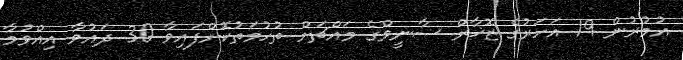
އުމުރުން 19 އަހަރުގެ ޒޮޚާރް ސާނީވްގެ މައްޗަށް ތުހުމަތުކޮށްފައިވާ 30 ދައުވާ އިއްވުމާ